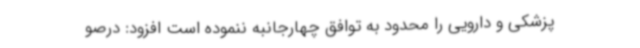
پزشکی و دارویی را محدود به توافق چهارجانبه ننموده است افزود: درصو